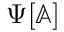
\Psi [ \mathbb { A } ]